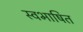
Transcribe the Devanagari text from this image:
स्वभाषित